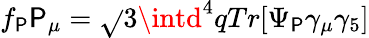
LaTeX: f_{\mathsf{P}}\mathsf{P}_{\mu}=\sqrt{}{{3}}\intd^{4}qTr[\Psi_{\mathsf{P}}\gamma_{\mu}\gamma_{5}]